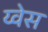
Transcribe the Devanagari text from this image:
य्वेस